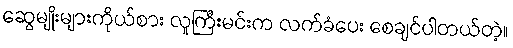
ဆွေမျိုးများကိုယ်စား လူကြီးမင်းက လက်ခံပေး စေချင်ပါတယ်တဲ့။